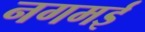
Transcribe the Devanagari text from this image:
नगमई